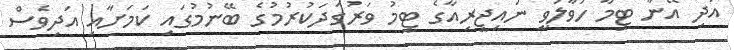
އަދި އޭނާ ޓީމާ ހަވާލުވީ ނައިޖީރިއާގެ ޓީމު ވަރުގަދަކުރުމުގެ ބޭނުމުގައި ކަމަށާއި އަދިވެސް